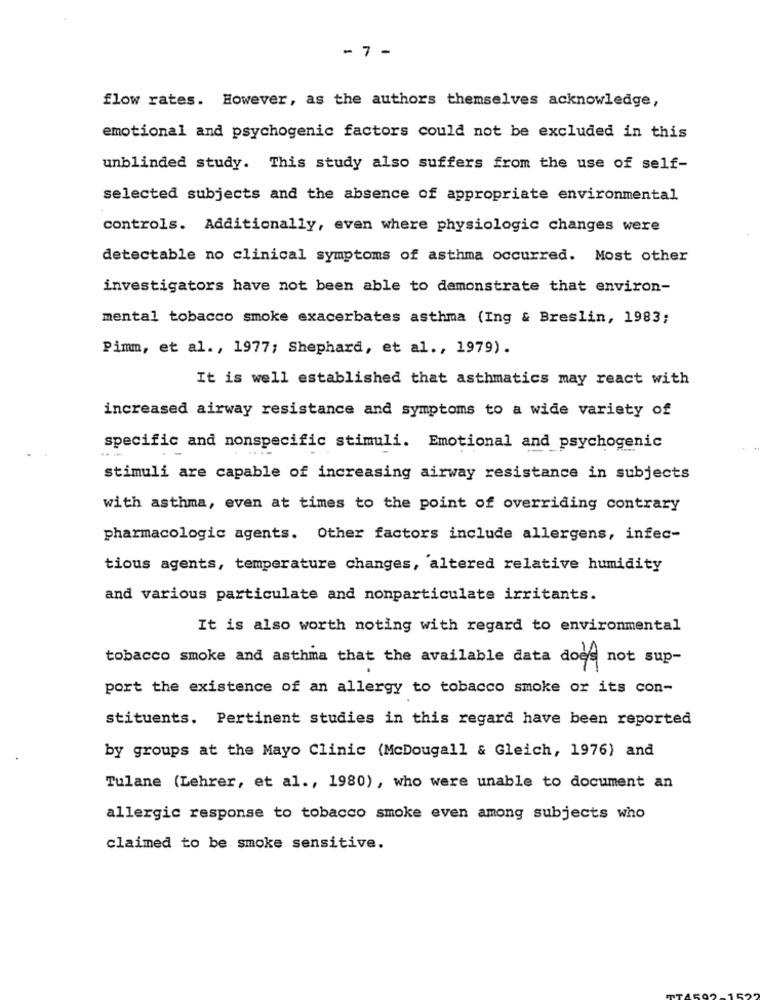
- 7 -
flow rates. However, as the authors themselves acknowledge,
emotional and psychogenic factors could not be excluded in this
unblinded study. This study also suffers from the use of self-
selected subjects and the absence of appropriate environmental
controls. Additionally, even where physiologic changes were
detectable no clinical symptoms of asthma occurred. Most other
investigators have not been able to demonstrate that environ-
mental tobacco smoke exacerbates asthma (Ing & Breslin, 1983;
Pimm, et al. , 1977; Shephard, et al ., 1979).
It is well established that asthmatics may react with
increased airway resistance and symptoms to a wide variety of
specific and nonspecific stimuli. Emotional and psychogenic
stimuli are capable of increasing airway resistance in subjects
with asthma, even at times to the point of overriding contrary
pharmacologic agents. Other factors include allergens, infec-
tious agents, temperature changes, altered relative humidity
and various particulate and nonparticulate irritants.
It is also worth noting with regard to environmental
tobacco smoke and asthma that the available data does not sup-
port the existence of an allergy to tobacco smoke or its con-
stituents. Pertinent studies in this regard have been reported
by groups at the Mayo Clinic (McDougall & Gleich, 1976) and
Tulane (Lehrer, et al ., 1980), who were unable to document an
allergic response to tobacco smoke even among subjects who
claimed to be smoke sensitive.